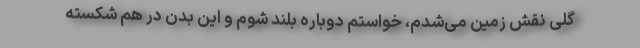
گِلی نقش زمین می‌شدم، خواستم دوباره بلند شوم و این بدن در هم شکسته